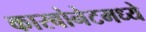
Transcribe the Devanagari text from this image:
कारबोनेटमध्ये